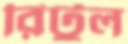
রিটুল